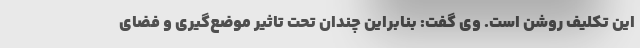
این تکلیف روشن است. وی گفت: بنابراین چندان تحت تاثیر موضع‌گیری و فضای